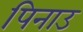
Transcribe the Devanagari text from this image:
पिनाउ